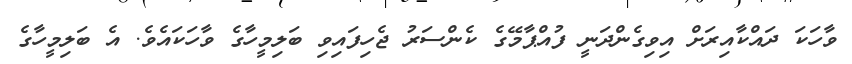
ވާހަކަ ދައްކާއިރަށް އިވިގެންދަނީ ފުއްޕާމޭގެ ކެންސަރު ޖެހިފައިވި ބަލިމީހާގެ ވާހަކައެވެ. އެ ބަލިމީހާގެ